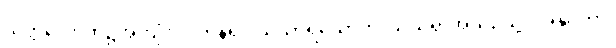
သတ္တလောက၌အကျုံးဝင်ကုန်၍။ သံသာရသောတံ၊ သံသရာအယဉ်သို့။ အနုဂတာ၊